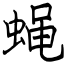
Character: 蝇